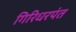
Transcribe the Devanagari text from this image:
गिरिधरपंत